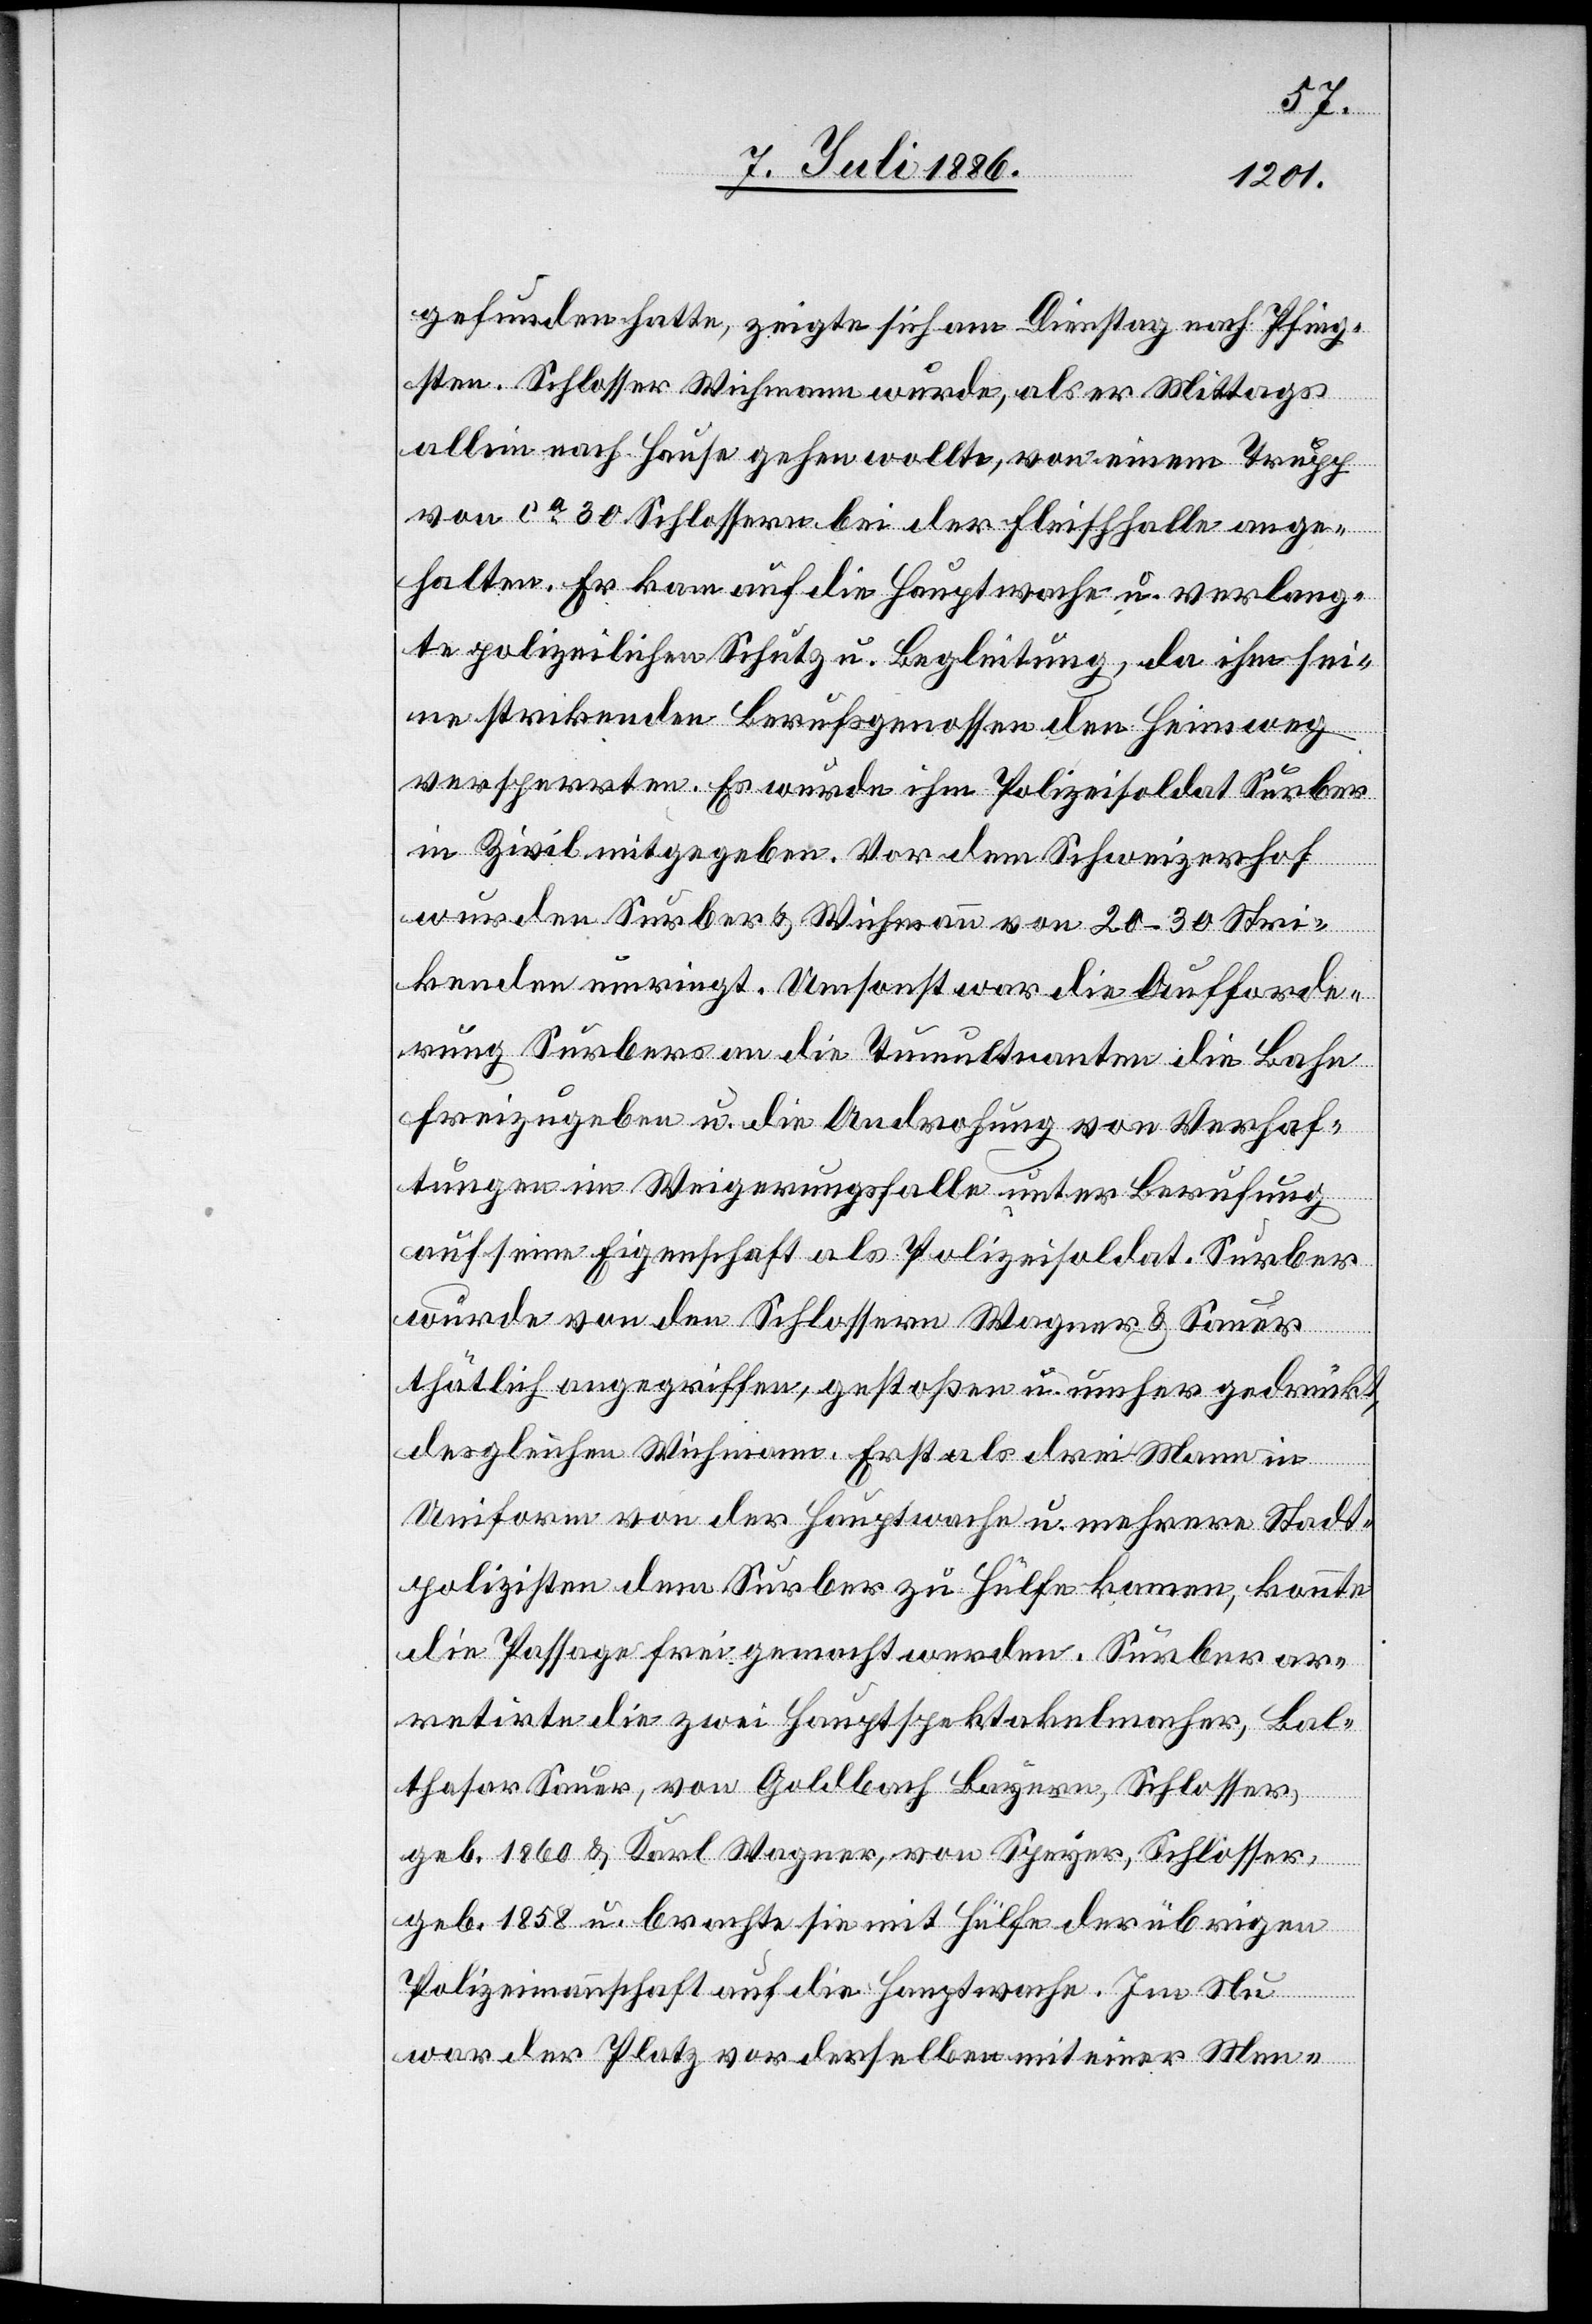
gefunden hatte, zeigte sich am Dienstag nach Pfing¬
sten. Schlosser Wichmann wurde, als er Mittags
allein nach Hause gehen wollte, von einem Trupp
von ca 30 Schlossern bei der Fleischhalle ange¬
halten. Er kam auf die Hauptwache u. verlang¬
te polizeilichen Schutz u. Begleitung, da ihm sei¬
ne strikenden Berufsgenossen den Heimweg
versperrten. Es wurde ihm Polizeisoldat Surber
in Zivil mitgegeben. Vor dem Schweizerhof
wurden Surber & Wichmann von 20–30 Stri¬
kenden umringt. Umsonst war die Aufforde¬
rung Surbers an die Tumultuanten die Bahn
freizugeben u. die Androhung von Verhaf¬
tungen im Weigerungsfalle unter Berufung
auf seine Eigenschaft als Polizeisoldat. Surber
wurde von den Schlossern Wagner & Sauer
thätlich angegriffen, gestoßen u. umher gedrückt,
desgleichen Wichmann. Erst als drei Mann in
Uniform von der Hauptwache u. mehrere Stadt¬
polizisten dem Surber zu Hülfe kamen, konnte
die Passage frei gemacht werden. Surber ar¬
retirte die zwei Hauptspektakelmacher, Bal¬
thasar Sauer, von Goldbach Bayern, Schlosser,
geb. 1860 & Karl Wagner, von Speyer, Schlosser,
geb. 1858 u. brachte sie mit Hülfe der übrigen
Polizeimannschaft auf die Hauptwache. Im Nu
war der Platz vor derselben mit einer Men-